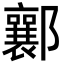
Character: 𨟚